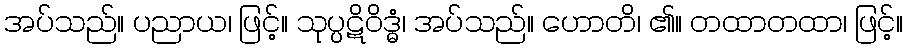
အပ်သည်။ ပညာယ၊ ဖြင့်။ သုပ္ပဋိဝိဒ္ဓံ၊ အပ်သည်။ ဟောတိ၊ ၏။ တထာတထာ၊ ဖြင့်။